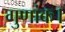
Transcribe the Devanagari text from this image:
गुणांक।